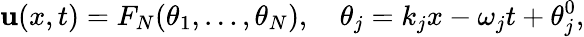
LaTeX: \mathbf{u}(x,t)=F_{N}(\theta_{1},\dots,\theta_{N}),\quad\theta_{j}=k_{j}x-\omega_{j}t+\theta_{j}^{0},